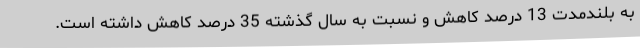
به بلندمدت 13 درصد کاهش و نسبت به سال گذشته 35 درصد کاهش داشته است.